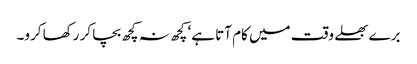
برے بھلے وقت میں کام آتا ہے‘ کچھ نہ کچھ بچا کر رکھا کرو۔